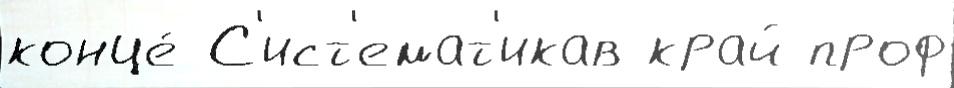
конце́ С'ист'емат'икав край проф